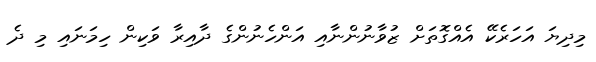
މިދިޔަ އަހަރެކޭ އެއްގޮތަށް ޒުވާނުންނާއި އަންހެނުންގެ ދާއިރާ ވަކިން ހިމަނައި މި ދެ